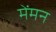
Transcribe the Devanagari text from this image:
मेंमन